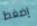
إضغط